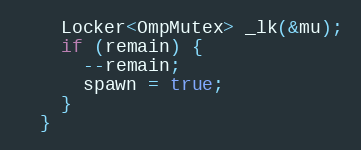
Language: C++
    Locker<OmpMutex> _lk(&mu);
    if (remain) {
      --remain;
      spawn = true;
    }
  }